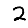
Digit: 2